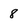
Character: 8